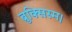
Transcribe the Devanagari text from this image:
ब्रुक्सिस्म।